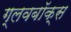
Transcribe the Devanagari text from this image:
ग्लवबॉक्स